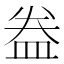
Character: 𥁠